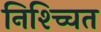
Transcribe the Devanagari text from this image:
निश्च्चित